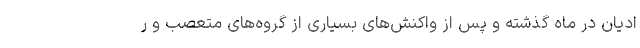
ادیان در ماه گذشته و پس از واکنش‌های بسیاری از گروه‌های متعصب و ر